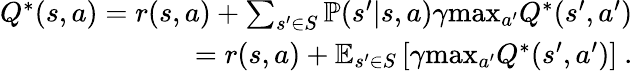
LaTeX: \begin{array}{r}{Q^{*}(s,a)=r(s,a)+\sum_{{s^{\prime}\in S}}\mathbb{P}(s^{\prime}|s,a)\gamma\mathrm{max}_{a^{\prime}}Q^{*}(s^{\prime},a^{\prime})}\\ {=r(s,a)+\mathbb{E}_{s^{\prime}\in S}\left[\gamma\mathrm{max}_{a^{\prime}}Q^{*}(s^{\prime},a^{\prime})\right]~.}\end{array}